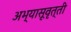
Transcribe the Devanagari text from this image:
अभ्यासूवृत्ती